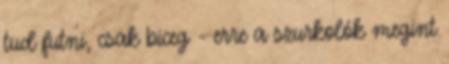
tud futni, csak biceg - erre a szurkolók megint